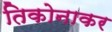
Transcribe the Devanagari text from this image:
तिकोनाकर